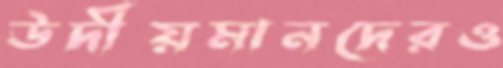
উদীয়মানদেরও